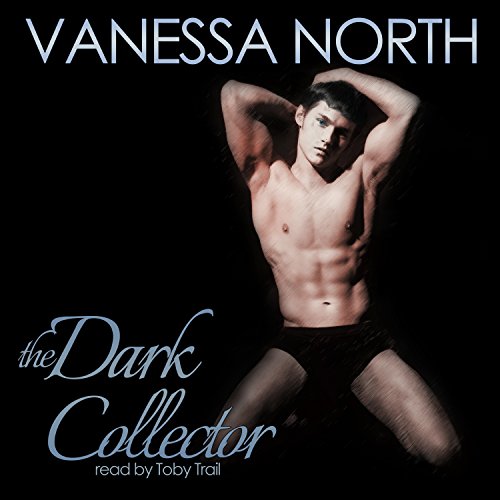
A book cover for The Dark Collector; Vanessa North; Romance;